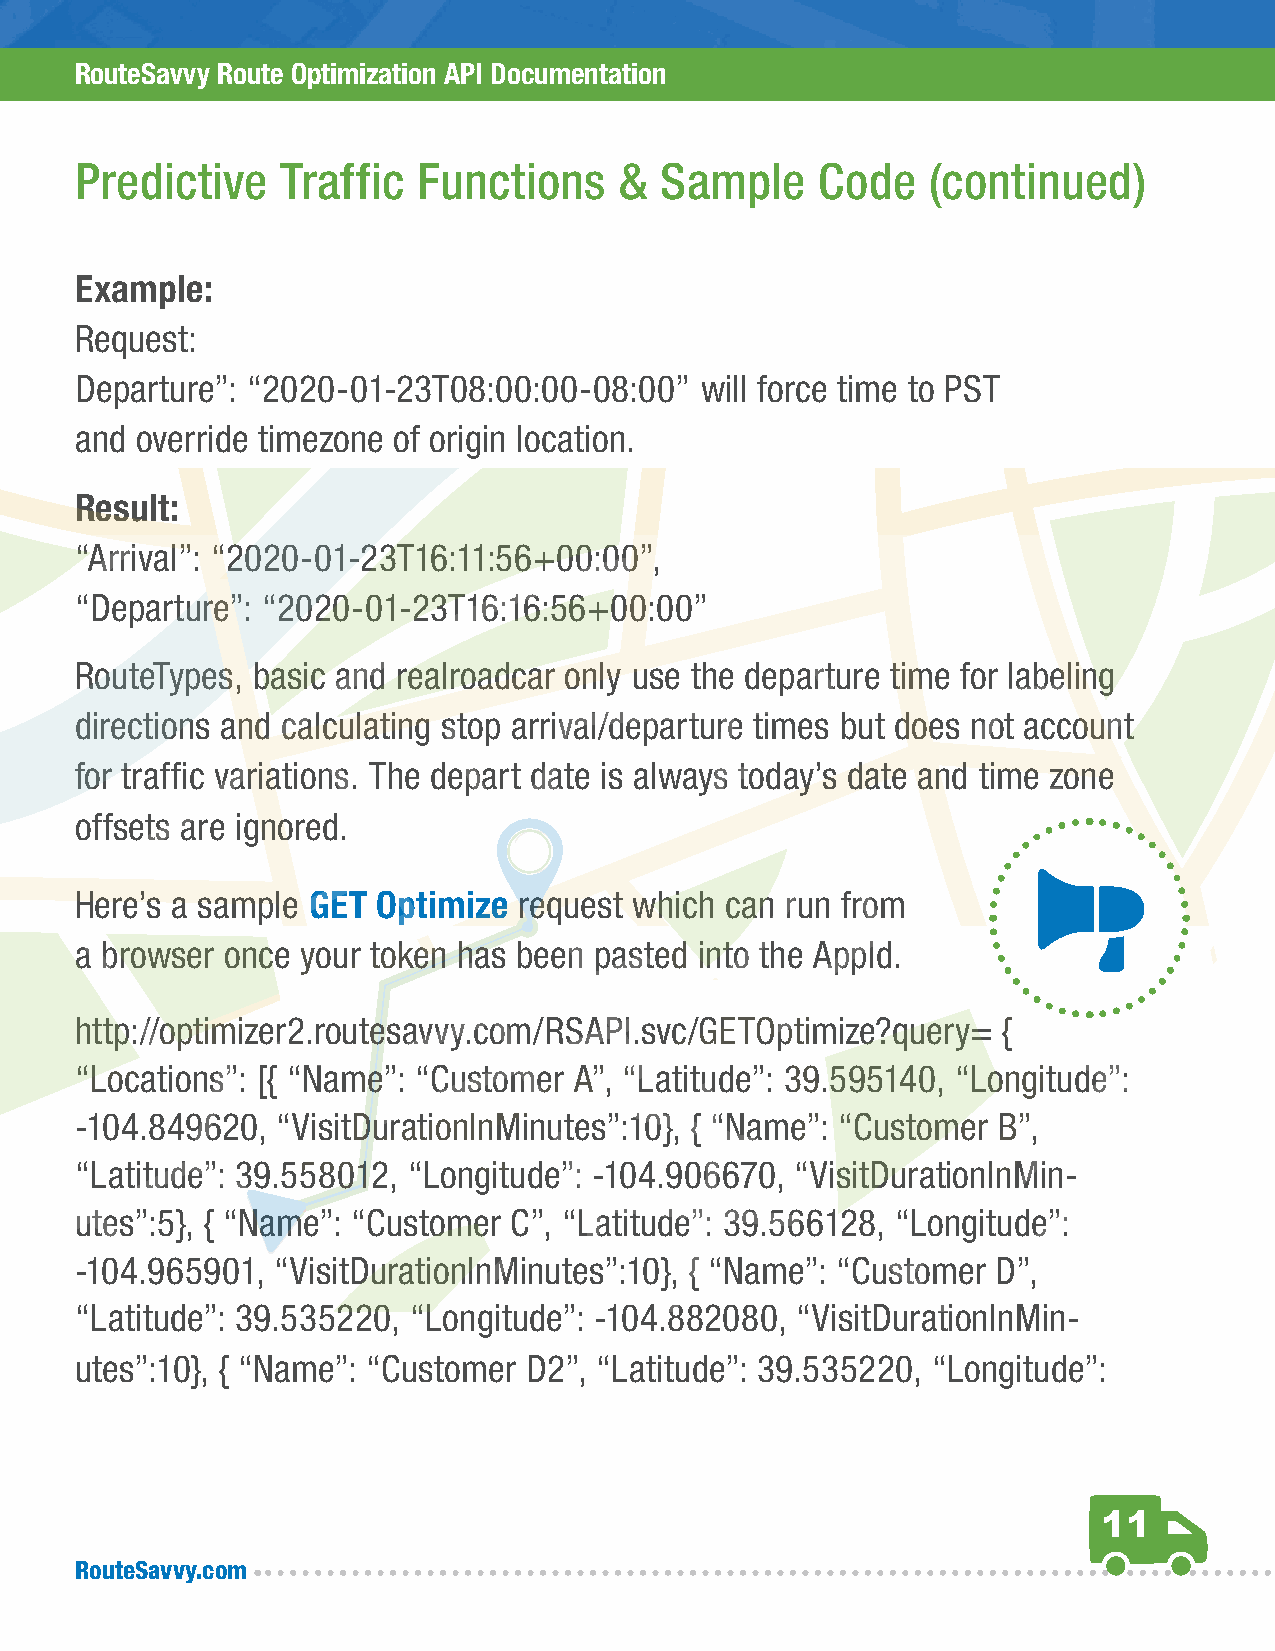
RouteSavvy Route Optimization API Documentation
 Predictive    Traffic  Functions    &  Sample    Code    (continued)
 Example:
 Request:
 Departure”: “2020-01-23T08:00:00-08:00”  will force time to PST
 and override timezone of origin location.
 Result:
 “Arrival”: “2020-01-23T16:11:56+00:00”,
 “Departure”: “2020-01-23T16:16:56+00:00”
 RouteTypes, basic and realroadcar only use the departure time for labeling
 directions and calculating stop arrival/departure times but does not account
 for traffic variations. The depart date is always today’s date and time zone
 offsets are ignored.
 Here’s a sample GET Optimize request which can run from
 a browser once your token has been pasted into the AppId.
 http://optimizer2.routesavvy.com/RSAPI.svc/GETOptimize?query= {
 “Locations”: [{ “Name”: “Customer A”, “Latitude”: 39.595140, “Longitude”:
 -104.849620, “VisitDurationInMinutes”:10}, { “Name”: “Customer B”,
 “Latitude”: 39.558012, “Longitude”: -104.906670, “VisitDurationInMin-
 utes”:5}, { “Name”: “Customer C”, “Latitude”: 39.566128, “Longitude”:
 -104.965901, “VisitDurationInMinutes”:10}, { “Name”: “Customer D”,
 “Latitude”: 39.535220, “Longitude”: -104.882080, “VisitDurationInMin-
 utes”:10}, { “Name”: “Customer D2”, “Latitude”: 39.535220, “Longitude”:
 11
 RouteSavvy.com